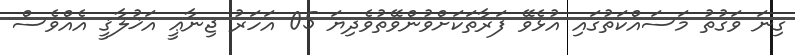
ގިނަ ވަގުތު މަސައްކަތުގައި އުޅެވޭ ފަރާތަކަށްވުންވޭތުވެދިޔަ 05 އަހަރު ޖިނާޢީ އަޚުލާޤީ އެއްވެސް